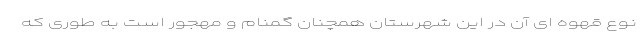
نوع قهوه ای آن در این شهرستان همچنان گمنام و مهجور است به طوری که